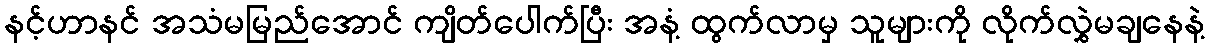
နင့်ဟာနင် အသံမမြည်အောင် ကျိတ်ပေါက်ပြီး အနံ့ ထွက်လာမှ သူများကို လိုက်လွှဲမချနေနဲ့